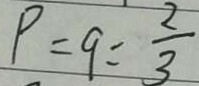
P = q = \frac { 2 } { 3 }